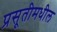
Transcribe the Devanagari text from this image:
प्रसूतीमधील